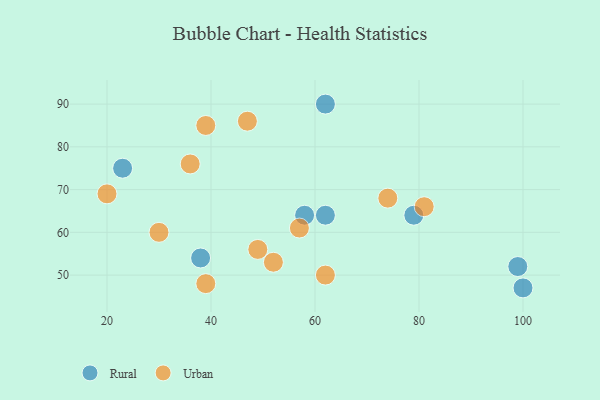
{"axis": {"x": "GDP", "y": "Life Expectancy"}, "legend": ["Rural", "Urban"], "data": [{"x": "38", "y": 54, "type": "Rural"}, {"x": "58", "y": 64, "type": "Rural"}, {"x": "100", "y": 47, "type": "Rural"}, {"x": "79", "y": 64, "type": "Rural"}, {"x": "23", "y": 75, "type": "Rural"}, {"x": "62", "y": 90, "type": "Rural"}, {"x": "62", "y": 64, "type": "Rural"}, {"x": "99", "y": 52, "type": "Rural"}, {"x": "39", "y": 85, "type": "Urban"}, {"x": "81", "y": 66, "type": "Urban"}, {"x": "20", "y": 69, "type": "Urban"}, {"x": "74", "y": 68, "type": "Urban"}, {"x": "39", "y": 48, "type": "Urban"}, {"x": "36", "y": 76, "type": "Urban"}, {"x": "30", "y": 60, "type": "Urban"}, {"x": "57", "y": 61, "type": "Urban"}, {"x": "49", "y": 56, "type": "Urban"}, {"x": "47", "y": 86, "type": "Urban"}, {"x": "52", "y": 53, "type": "Urban"}, {"x": "62", "y": 50, "type": "Urban"}]}